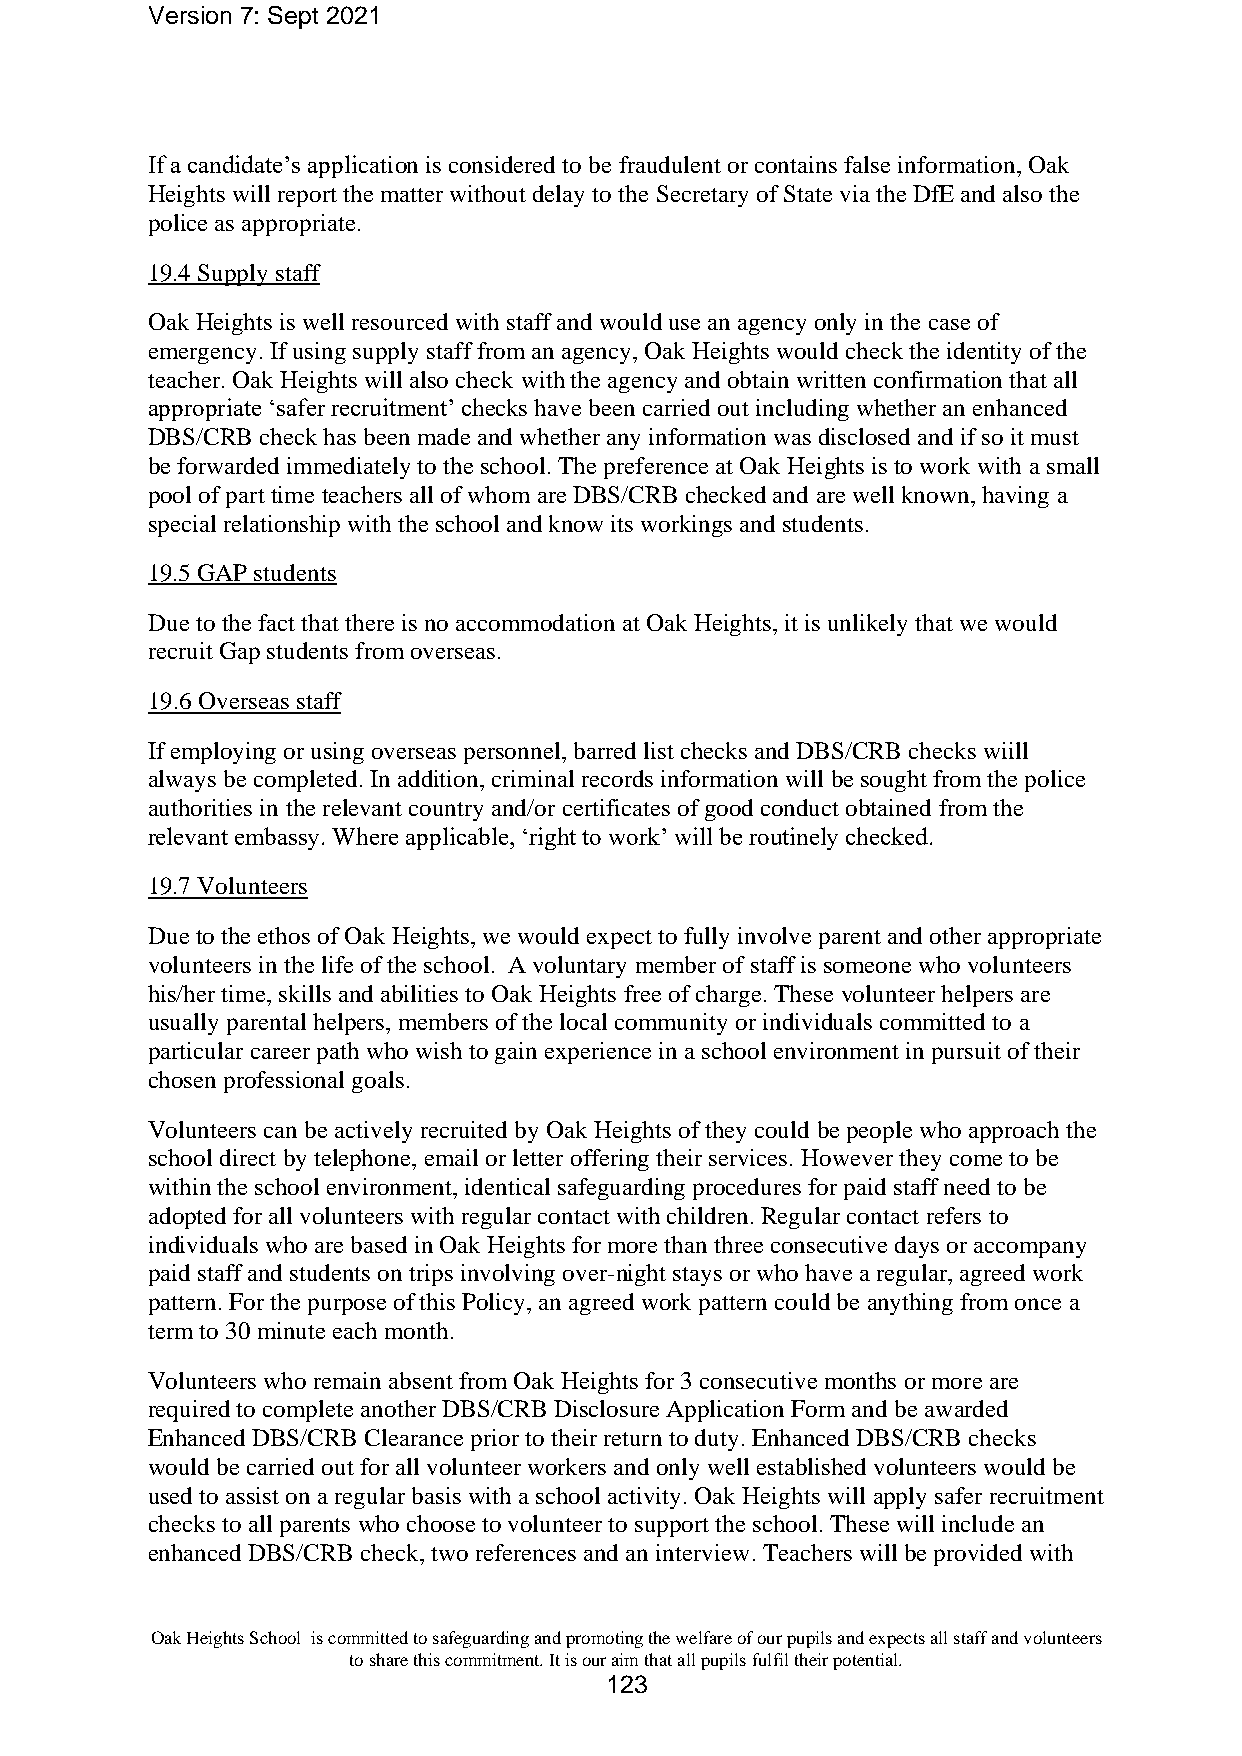
Version 7: Sept 2021
 If a candidate’s application is considered to be fraudulent or contains false information, Oak
 Heights will report the matter without delay to the Secretary of State via the DfE and also the
 police as appropriate.
 19.4 Supply staff
 Oak Heights is well resourced with staff and would use an agency only in the case of
 emergency. If using supply staff from an agency, Oak Heights would check the identity of the
 teacher. Oak Heights will also check with the agency and obtain written confirmation that all
 appropriate ‘safer recruitment’ checks have been carried out including whether an enhanced
 DBS/CRB check has been made and whether any information was disclosed and if so it must
 be forwarded immediately to the school. The preference at Oak Heights is to work with a small
 pool of part time teachers all of whom are DBS/CRB checked and are well known, having a
 special relationship with the school and know its workings and students.
 19.5 GAP students
 Due to the fact that there is no accommodation at Oak Heights, it is unlikely that we would
 recruit Gap students from overseas.
 19.6 Overseas staff
 If employing or using overseas personnel, barred list checks and DBS/CRB checks wiill
 always be completed. In addition, criminal records information will be sought from the police
 authorities in the relevant country and/or certificates of good conduct obtained from the
 relevant embassy. Where applicable, ‘right to work’ will be routinely checked.
 19.7 Volunteers
 Due to the ethos of Oak Heights, we would expect to fully involve parent and other appropriate
 volunteers in the life of the school. A voluntary member of staff is someone who volunteers
 his/her time, skills and abilities to Oak Heights free of charge. These volunteer helpers are
 usually parental helpers, members of the local community or individuals committed to a
 particular career path who wish to gain experience in a school environment in pursuit of their
 chosen professional goals.
 Volunteers can be actively recruited by Oak Heights of they could be people who approach the
 school direct by telephone, email or letter offering their services. However they come to be
 within the school environment, identical safeguarding procedures for paid staff need to be
 adopted for all volunteers with regular contact with children. Regular contact refers to
 individuals who are based in Oak Heights for more than three consecutive days or accompany
 paid staff and students on trips involving over-night stays or who have a regular, agreed work
 pattern. For the purpose of this Policy, an agreed work pattern could be anything from once a
 term to 30 minute each month.
 Volunteers who remain absent from Oak Heights for 3 consecutive months or more are
 required to complete another DBS/CRB Disclosure Application Form and be awarded
 Enhanced DBS/CRB Clearance prior to their return to duty. Enhanced DBS/CRB checks
 would be carried out for all volunteer workers and only well established volunteers would be
 used to assist on a regular basis with a school activity. Oak Heights will apply safer recruitment
 checks to all parents who choose to volunteer to support the school. These will include an
 enhanced DBS/CRB check, two references and an interview. Teachers will be provided with
 Oak Heights School is committed to safeguarding and promoting the welfare of our pupils and expects all staff and volunteers
 to share this commitment. It is our aim that all pupils fulfil their potential.
 123